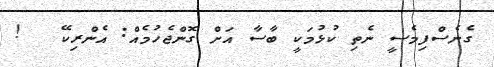
ގެނެސްފިމެސީ ނެތި ކުޅުމަކީ ބާސާ އަށް ގޮންޖެހުމެއް: އެންރިކޭ   !